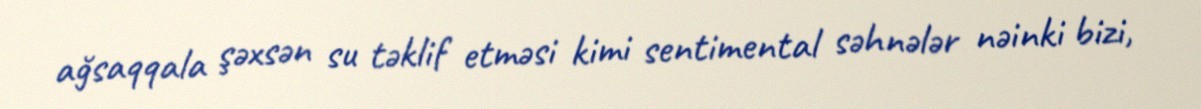
ağsaqqala şəxsən su təklif etməsi kimi sentimental səhnələr nəinki bizi,